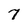
Character: 7